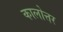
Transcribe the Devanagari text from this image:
कालोत्तर